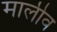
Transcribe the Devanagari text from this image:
मालीव